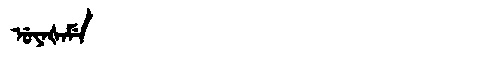
Manchu: ᡠᠶᠠᡧᠠᠮᡝ
Romanization: UYAŠAME